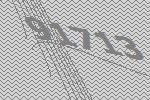
91713